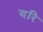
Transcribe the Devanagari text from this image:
यरि